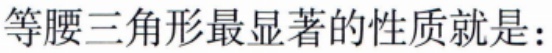
等腰三角形最显著的性质就是：